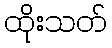
ထိုးသတ်